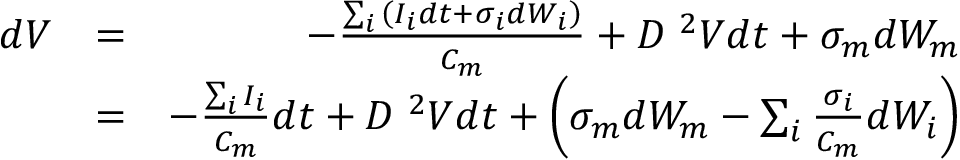
\begin{array} { r l r } { d V } & { = } & { - \frac { \sum _ { i } { \left( I _ { i } d t + \sigma _ { i } d W _ { i } \right) } } { C _ { m } } + D \mathrm { \nabla } ^ { 2 } V d t + \sigma _ { m } d W _ { m } } \\ & { = } & { - \frac { \sum _ { i } { I _ { i } } } { C _ { m } } d t + D \mathrm { \nabla } ^ { 2 } V d t + \left( \sigma _ { m } d W _ { m } - \sum _ { i } { \frac { \sigma _ { i } } { C _ { m } } d W _ { i } } \right) } \end{array}